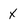
Character: x